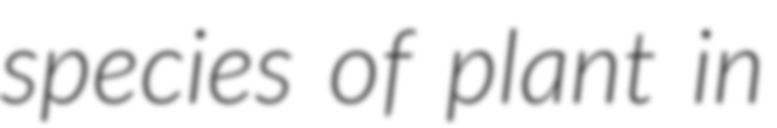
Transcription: species of plant in